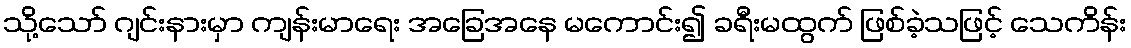
သို့သော် ဂျင်းနားမှာ ကျန်းမာရေး အခြေအနေ မကောင်း၍ ခရီးမထွက် ဖြစ်ခဲ့သဖြင့် သေကိန်း